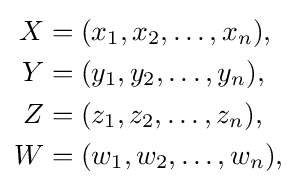
{\begin{aligned}X&=(x_{1},x_{2},\dots ,x_{n}),\\Y&=(y_{1},y_{2},\dots ,y_{n}),\\Z&=(z_{1},z_{2},\dots ,z_{n}),\\W&=(w_{1},w_{2},\dots ,w_{n}),\end{aligned}}